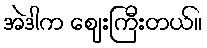
အဲဒါက ဈေးကြီးတယ်။